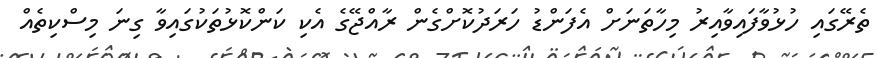
ތެރޭގައި ހުޅުވާފައިވާއިރު މިހާތަނަށް އެފަންޑު ހަރަދުކޮށްގެން ރާއްޖޭގެ އެކި ކަންކޮޅުތަކުގައިވާ ގިނަ މިސްކިތެއް